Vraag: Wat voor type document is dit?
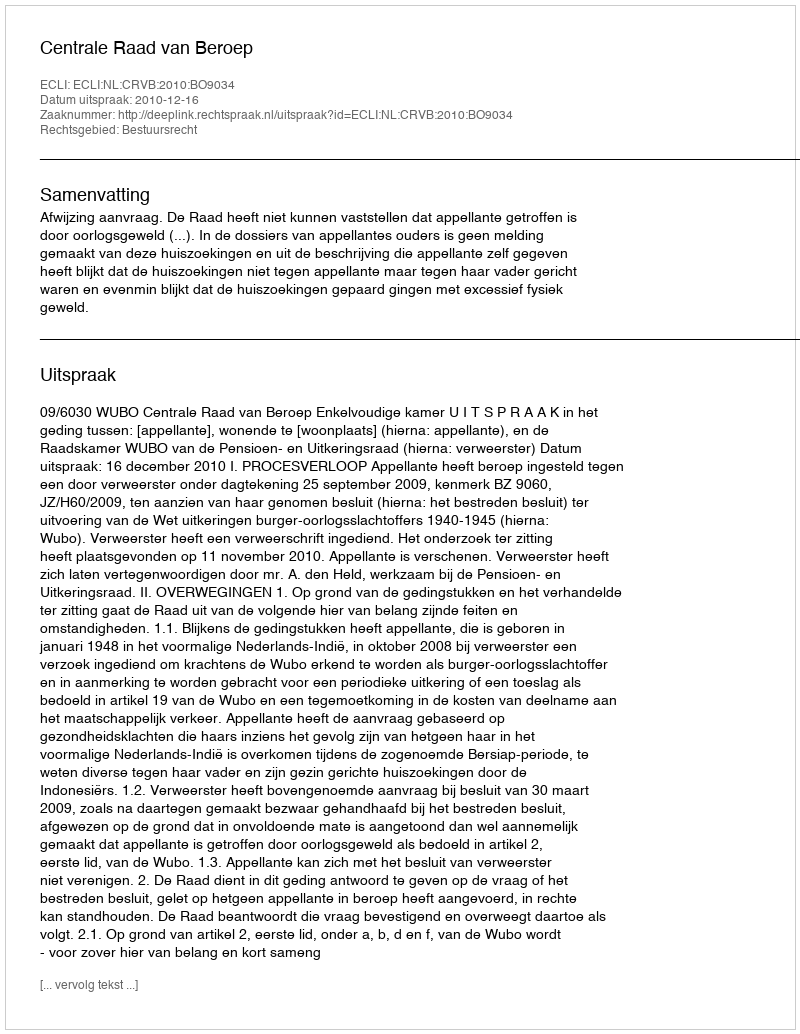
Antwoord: Uitspraak